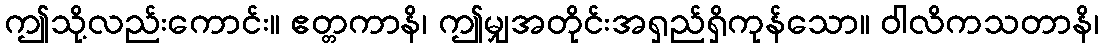
ဤသို့လည်းကောင်း။ ဧတ္တကာနိ၊ ဤမျှအတိုင်းအရှည်ရှိကုန်သော။ ဝါလိကသတာနိ၊